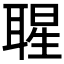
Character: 𦖤